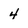
Character: 4